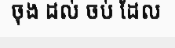
ចុង ដល់ ចប់ ដែល